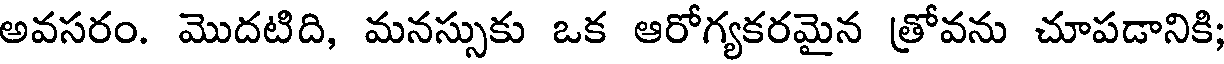
అవసరం. మొదటిది, మనస్సుకు ఒక ఆరోగ్యకరమైన త్రోవను చూపడానికి;